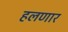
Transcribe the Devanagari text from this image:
हलणार